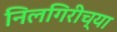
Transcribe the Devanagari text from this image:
निलगिरीच्‍या